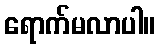
ရောက်မလာပါ။